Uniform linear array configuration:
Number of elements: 12
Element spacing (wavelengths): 1
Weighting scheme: hann
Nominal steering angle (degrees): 45
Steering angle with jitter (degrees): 43.248
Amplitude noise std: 0.05
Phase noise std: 0.05

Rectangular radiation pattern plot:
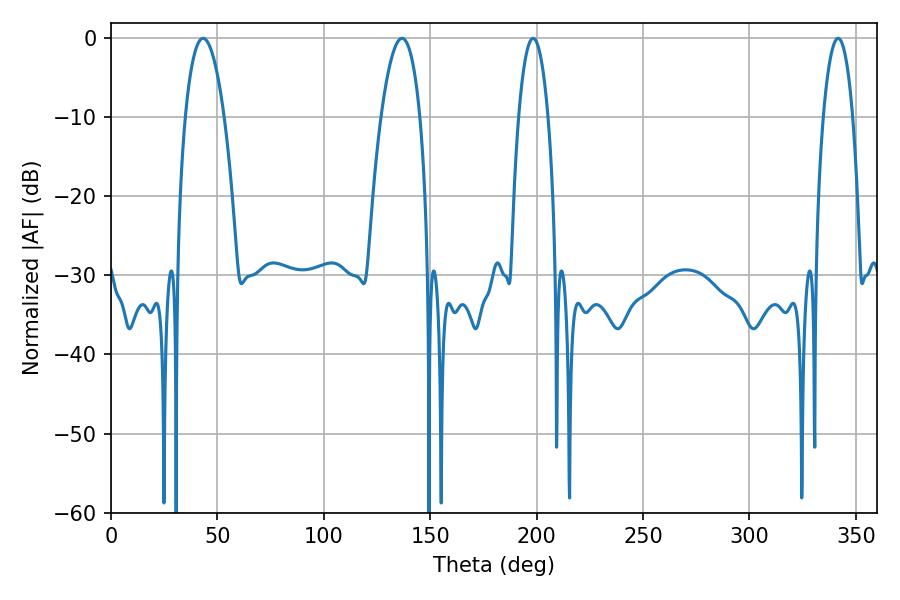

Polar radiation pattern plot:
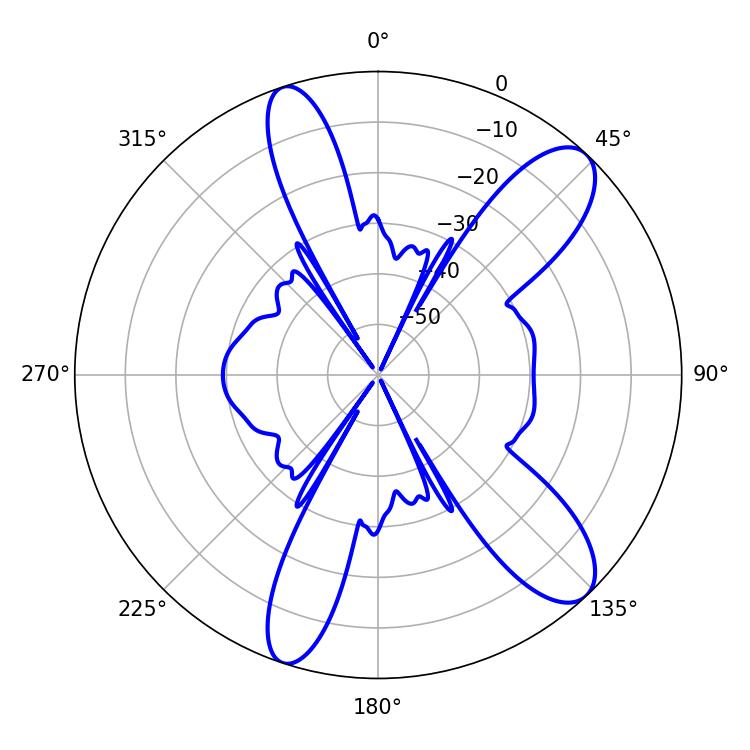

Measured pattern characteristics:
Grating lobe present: TRUE
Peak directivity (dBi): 10.69
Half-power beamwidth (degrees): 7.74
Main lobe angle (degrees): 198.36